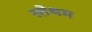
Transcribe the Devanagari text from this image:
स्तेथम